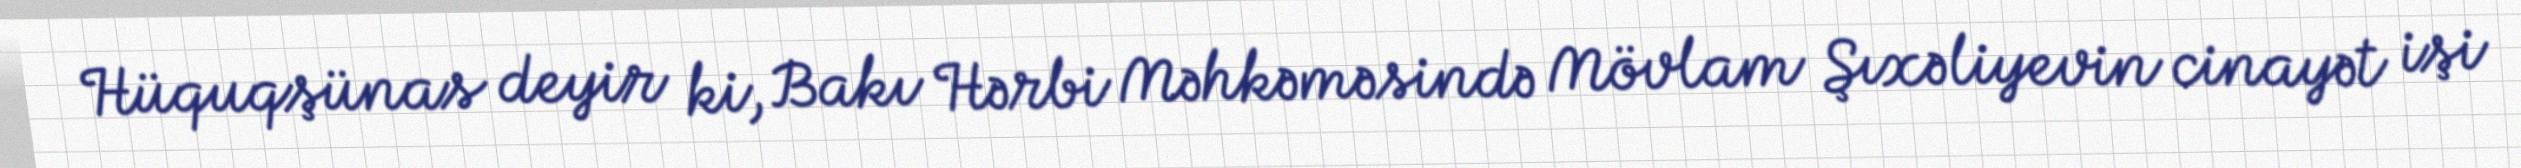
Hüquqşünas deyir ki, Bakı Hərbi Məhkəməsində Mövlam Şıxəliyevin cinayət işi